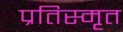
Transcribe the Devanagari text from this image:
प्रतिस्मृत